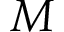
M